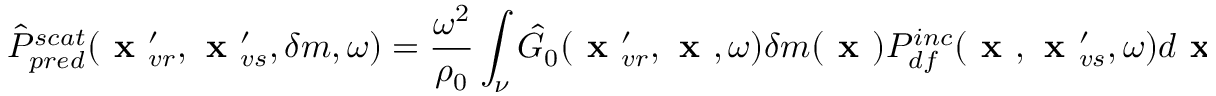
\hat { P } _ { p r e d } ^ { s c a t } ( \textbf { x } _ { v r } ^ { \prime } , \textbf { x } _ { v s } ^ { \prime } , \delta m , \omega ) = \frac { \omega ^ { 2 } } { \rho _ { 0 } } \int _ { \nu } \hat { G } _ { 0 } ( \textbf { x } _ { v r } ^ { \prime } , \textbf { x } , \omega ) \delta m ( \textbf { x } ) P _ { d f } ^ { i n c } ( \textbf { x } , \textbf { x } _ { v s } ^ { \prime } , \omega ) d \textbf { x } .